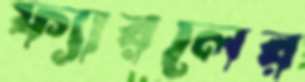
ফ্যারলের